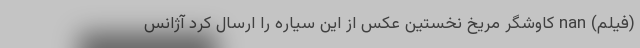
(فیلم) nan کاوشگر مریخ نخستین عکس از این سیاره را ارسال کرد آژانس